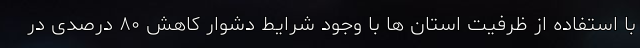
با استفاده از ظرفیت استان ها با وجود شرایط دشوار کاهش ۸۰ درصدی در